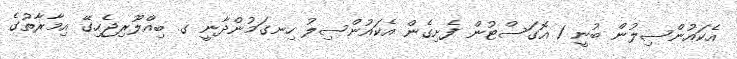
އެކައުންސިލުން ބުނީ 1 އޮގަސްޓުން ފެށިގެން އެކައުންސިލު ހިނގަމުންދާނީ ގ. ބިއްލޫރިޖެހިގޭ އިމާރާތުގެ